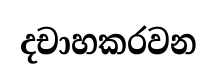
දචාහකරවන